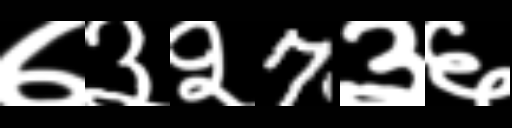
Text: ७३२7३६